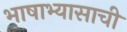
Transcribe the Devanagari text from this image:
भाषाभ्यासाची